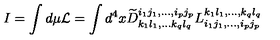
I = \int d \mu { \cal L } = \int d ^ { 4 } x \widetilde { D } _ { k _ { 1 } l _ { 1 } , \ldots k _ { q } l _ { q } } ^ { i _ { 1 } j _ { 1 } , \ldots , i _ { p } j _ { p } } L _ { i _ { 1 } j _ { 1 } , \ldots , i _ { p } j _ { p } } ^ { k _ { 1 } l _ { 1 } , \ldots , k _ { q } l _ { q } }